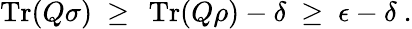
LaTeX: \operatorname{Tr}(Q\sigma)~\geq~\operatorname{Tr}(Q\rho)-\delta~\geq~\epsilon-\delta~.